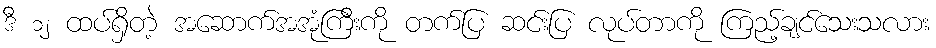
ဒီ ၁၂ ထပ်ရှိတဲ့ အဆောက်အအုံကြီးကို တက်ပြ ဆင်းပြ လုပ်တာကို ကြည့်ချင်သေးသလား